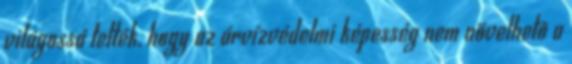
világossá tették, hogy az árvízvédelmi képesség nem növelhetõ a